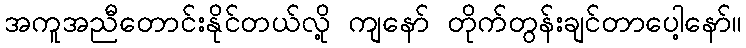
အကူအညီတောင်းနိုင်တယ်လို့ ကျနော် တိုက်တွန်းချင်တာပေါ့နော်။